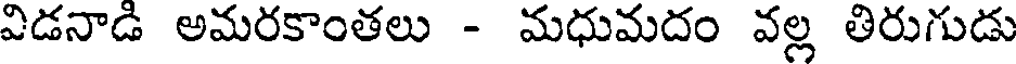
విడనాడి అమరకాంతలు - మధుమదం వల్ల తిరుగుడు